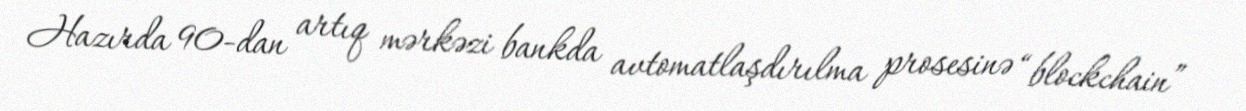
Hazırda 90-dan artıq mərkəzi bankda avtomatlaşdırılma prosesinə “blockchain”